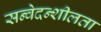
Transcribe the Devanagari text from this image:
सन्वेदन्शीलता